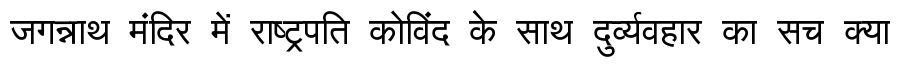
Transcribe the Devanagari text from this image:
जगन्नाथ मंदिर में राष्ट्रपति कोविंद के साथ दुर्व्यवहार का सच क्या